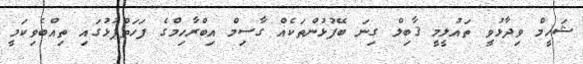
ޝަހީމް ވިދާޅުވީ ތައުލީމީ ޤާބިލް ގިނަ ބޭފުޅުންތަކެއް ގާސިމް އިބްރާހިމްގެ ފަހަތްޕުޅުގައި ތިއްބެވިކަމީ